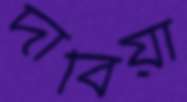
দাবিয়া